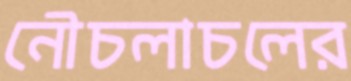
নৌচলাচলের